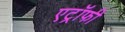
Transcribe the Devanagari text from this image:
एट्रॉफी